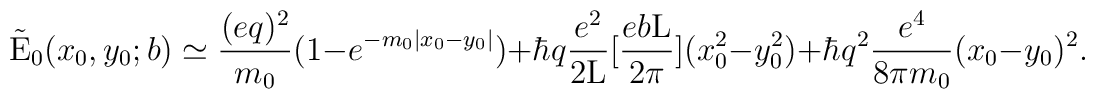
\tilde{\rm E}_0(x_0,y_0;b) \simeq \frac{(eq)^2}{m_0}(1 - e^{-m_0 |x_0 - y_0|}) + \hbar q \frac{e^2}{2\rm L}[\frac{eb\rm L}{2\pi}] (x_0^2 - y_0^2) +\hbar q^2 \frac{e^4}{8\pi m_0} (x_0 - y_0)^2.